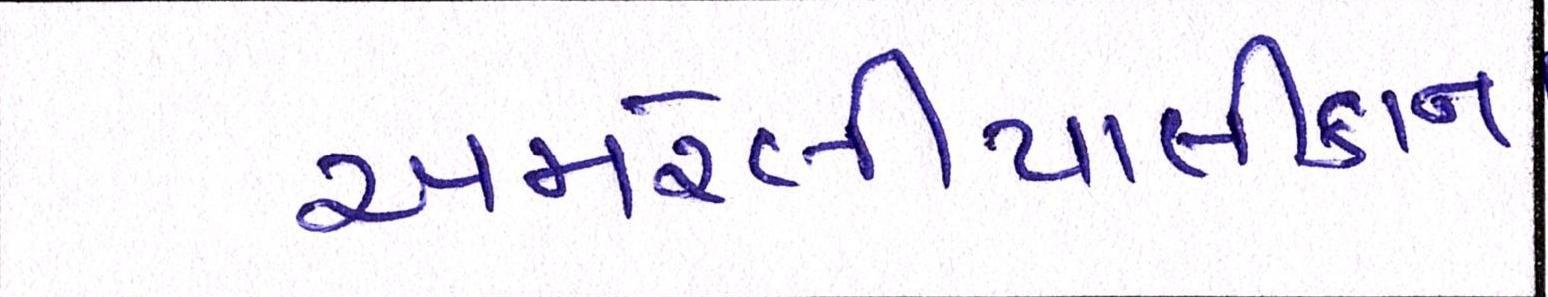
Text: અમરેલીપાલીકાના